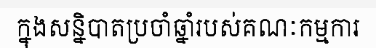
ក្នុងសន្និបាតប្រចាំឆ្នាំរបស់គណៈកម្មការ